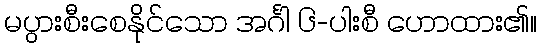
မပွားစီးစေနိုင်သော အင်္ဂါ ၆-ပါးစီ ဟောထား၏။